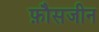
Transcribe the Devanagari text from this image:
फ़ौसजीन